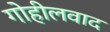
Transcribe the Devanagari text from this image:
गोहीलवाद